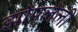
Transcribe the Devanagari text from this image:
झोपलेली